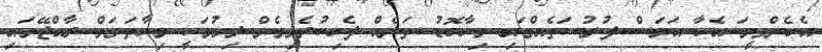
އެހެންވީމަ އެހާ އަވަސް ފުރުސަތެއްގައި މިހާބޮޑު ތަނެއް ފެހިކުރެވިގެން ދިޔުމަކީ މިހާތަނަށް ރާއްޖޭގައި